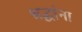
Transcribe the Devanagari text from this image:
श्रद्घांना